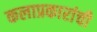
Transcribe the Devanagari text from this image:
कलाप्रकारांची